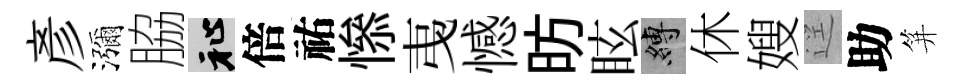
彥瀰脇祉倍祐𢡖𢎯憾昉眩縛休嫂逕助笄